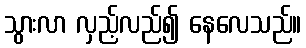
သွားလာ လှည့်လည်၍ နေလေသည်။